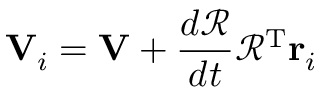
\mathbf { V } _ { i } = \mathbf { V } + { \frac { d { \mathcal { R } } } { d t } } { \mathcal { R } } ^ { \mathrm { T } } \mathbf { r } _ { i }